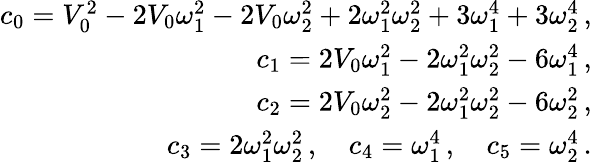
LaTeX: \begin{array}{r}{c_{0}=V_{0}^{2}-2V_{0}\omega_{1}^{2}-2V_{0}\omega_{2}^{2}+2\omega_{1}^{2}\omega_{2}^{2}+3\omega_{1}^{4}+3\omega_{2}^{4}\, ,}\\ {c_{1}=2V_{0}\omega_{1}^{2}-2\omega_{1}^{2}\omega_{2}^{2}-6\omega_{1}^{4}\, ,}\\ {c_{2}=2V_{0}\omega_{2}^{2}-2\omega_{1}^{2}\omega_{2}^{2}-6\omega_{2}^{2}\, ,}\\ {c_{3}=2\omega_{1}^{2}\omega_{2}^{2}\, ,\quad c_{4}=\omega_{1}^{4}\, ,\quad c_{5}=\omega_{2}^{4}\, .}\end{array}